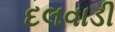
દલવાડી